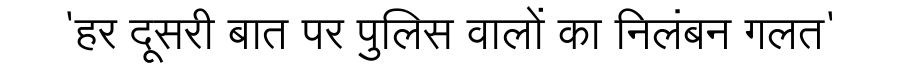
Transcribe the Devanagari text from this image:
'हर दूसरी बात पर पुलिस वालों का निलंबन गलत'